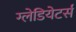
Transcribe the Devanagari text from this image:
ग्लेडियेटर्स